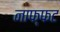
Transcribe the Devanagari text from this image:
नाफ्फट